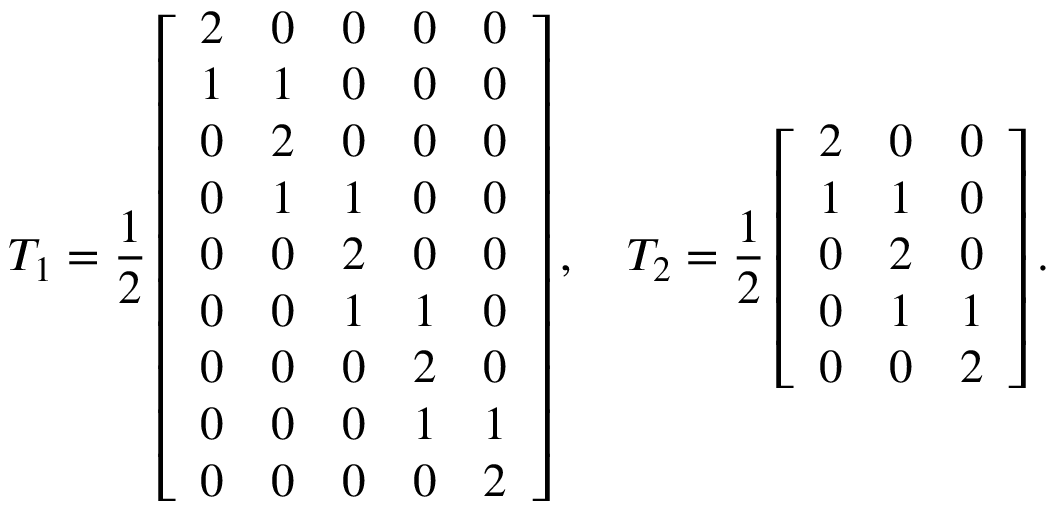
T _ { 1 } = \frac { 1 } { 2 } \left[ \begin{array} { l l l l l } { 2 } & { 0 } & { 0 } & { 0 } & { 0 } \\ { 1 } & { 1 } & { 0 } & { 0 } & { 0 } \\ { 0 } & { 2 } & { 0 } & { 0 } & { 0 } \\ { 0 } & { 1 } & { 1 } & { 0 } & { 0 } \\ { 0 } & { 0 } & { 2 } & { 0 } & { 0 } \\ { 0 } & { 0 } & { 1 } & { 1 } & { 0 } \\ { 0 } & { 0 } & { 0 } & { 2 } & { 0 } \\ { 0 } & { 0 } & { 0 } & { 1 } & { 1 } \\ { 0 } & { 0 } & { 0 } & { 0 } & { 2 } \end{array} \right] , \quad T _ { 2 } = \frac { 1 } { 2 } \left[ \begin{array} { l l l } { 2 } & { 0 } & { 0 } \\ { 1 } & { 1 } & { 0 } \\ { 0 } & { 2 } & { 0 } \\ { 0 } & { 1 } & { 1 } \\ { 0 } & { 0 } & { 2 } \end{array} \right] .